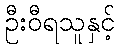
ဦးဝီရသူနှင့်